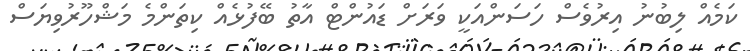
ކަމެއް ލިބުނު އިރުވެސް ހަސަންއަކީ ވަރަށް ޑައުންޓް އާތު ބޭފުޅެއް ކިތަންމެ މަޝްހޫރުވިޔަސް